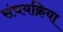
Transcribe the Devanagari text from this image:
संचयक्रिया